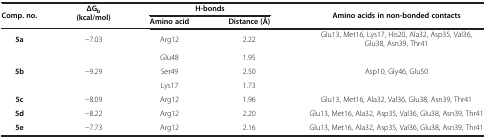
<table><thead><tr><td rowspan="2"><b>Comp. no.</b></td><td rowspan="2"><b>ΔG<sub>b </sub>(kcal/mol)</b></td><td colspan="2"><b>H-bonds</b></td><td rowspan="2"><b>Amino acids in non-bonded contacts</b></td></tr><tr><td><b>Amino acid</b></td><td><b>Distance (Å)</b></td></tr></thead><tbody><tr><td><b>5a</b></td><td>-7.03</td><td>Arg12</td><td>2.22</td><td>Glu13, Met16, Lys17, His20, Ala32, Asp35, Val36, Glu38, Asn39, Thr41</td></tr><tr><td rowspan="3"><b>5b</b></td><td rowspan="3">-9.29</td><td>Glu48</td><td>1.95</td><td rowspan="3">Asp10, Gly46, Glu50</td></tr><tr><td>Ser49</td><td>2.50</td></tr><tr><td>Lys17</td><td>1.73</td></tr><tr><td><b>5c</b></td><td>-8.09</td><td>Arg12</td><td>1.96</td><td>Glu13, Met16, Ala32, Val36, Glu38, Asn39, Thr41</td></tr><tr><td><b>5d</b></td><td>-8.22</td><td>Arg12</td><td>2.20</td><td>Glu13, Met16, Ala32, Asp35, Val36, Glu38, Asn39, Thr41</td></tr><tr><td><b>5e</b></td><td>-7.73</td><td>Arg12</td><td>2.16</td><td>Glu13, Met16, Ala32, Asp35, Val36, Glu38, Asn39, Thr41</td></tr></tbody></table>